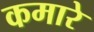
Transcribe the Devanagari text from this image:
कमारे